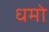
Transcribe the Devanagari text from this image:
धमो